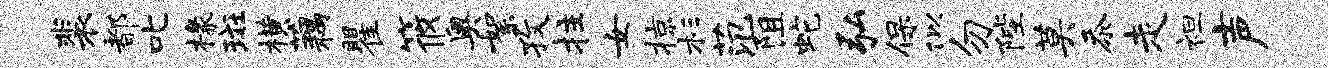
裴都叱椽斑横藕瞿筱奥絮孜拄女掠杉范阻蛇弘保似勿陛莫忝走袒声